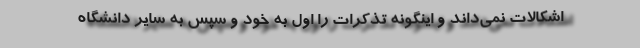
اشکالات نمی‌داند و اینگونه تذکرات را اول به خود و سپس به سایر دانشگاه